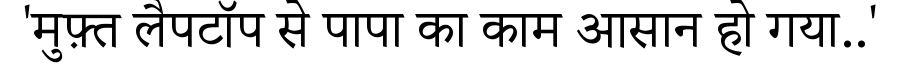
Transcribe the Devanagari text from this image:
'मुफ़्त लैपटॉप से पापा का काम आसान हो गया..'